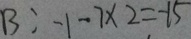
B : - 1 - 7 \times 2 = - 1 5